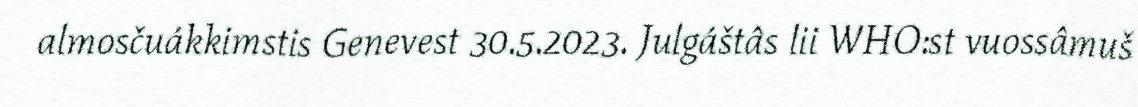
almosčuákkimstis Genevest 30.5.2023. Julgáštâs lii WHO:st vuossâmuš